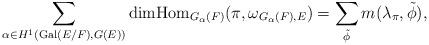
LaTeX: \begin{align*}\begin{aligned}\sum_{\alpha\in H^1(\mathrm{Gal}(E/F),G(E))}\mathrm{dim}\mathrm{Hom}_{G_{\alpha}(F)}(\pi,\omega_{G_{\alpha}(F),E})=\sum\limits_{\tilde{\phi}}m(\lambda_{\pi},\tilde{\phi}),\end{aligned}\end{align*}